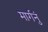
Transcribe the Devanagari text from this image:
मार्गनुं